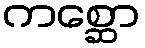
ကစ္ဆော